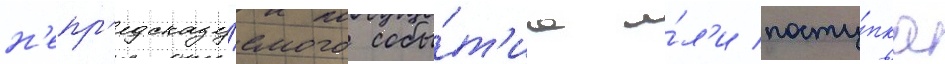
н'епр'едсказу́емого собы́т'иа и́л'и посту́пка